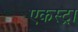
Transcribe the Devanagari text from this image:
एकस्ट्रा